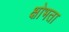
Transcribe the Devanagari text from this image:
क्षोभता